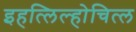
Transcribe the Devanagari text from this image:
इहत्लिल्होचित्ल